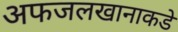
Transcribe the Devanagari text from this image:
अफजलखानाकडे